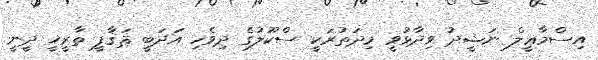
އިސްމާޢީލް ނަޝީދު ވިދާޅުވީ މިދަތުރަކީ ސްކޫލުގެ ދިވެހި އަދަބީ ޘަޤާފީ ތާރީޚީ ދީނީ